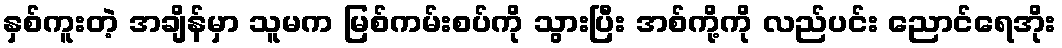
နှစ်ကူးတဲ့ အချိန်မှာ သူမက မြစ်ကမ်းစပ်ကို သွားပြီး အစ်ကို့ကို လည်ပင်း ညောင်ရေအိုး